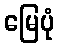
မြေပုံ